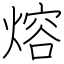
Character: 熔